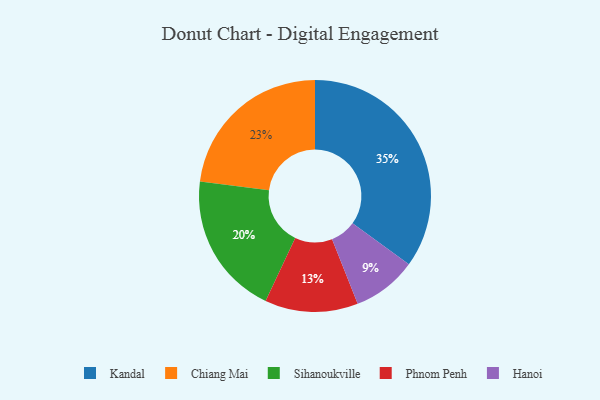
{"axis": {"x": "Category", "y": "Percentage"}, "legend": ["Chiang Mai", "Hanoi", "Kandal", "Phnom Penh", "Sihanoukville"], "data": [{"x": "Chiang Mai", "y": 23, "type": "Chiang Mai"}, {"x": "Sihanoukville", "y": 20, "type": "Sihanoukville"}, {"x": "Hanoi", "y": 9, "type": "Hanoi"}, {"x": "Phnom Penh", "y": 13, "type": "Phnom Penh"}, {"x": "Kandal", "y": 35, "type": "Kandal"}]}